Annual report of the Punjab Veterinary College and of the Civil Veterinary Department, Punjab - 1909-1919
Year: 1909
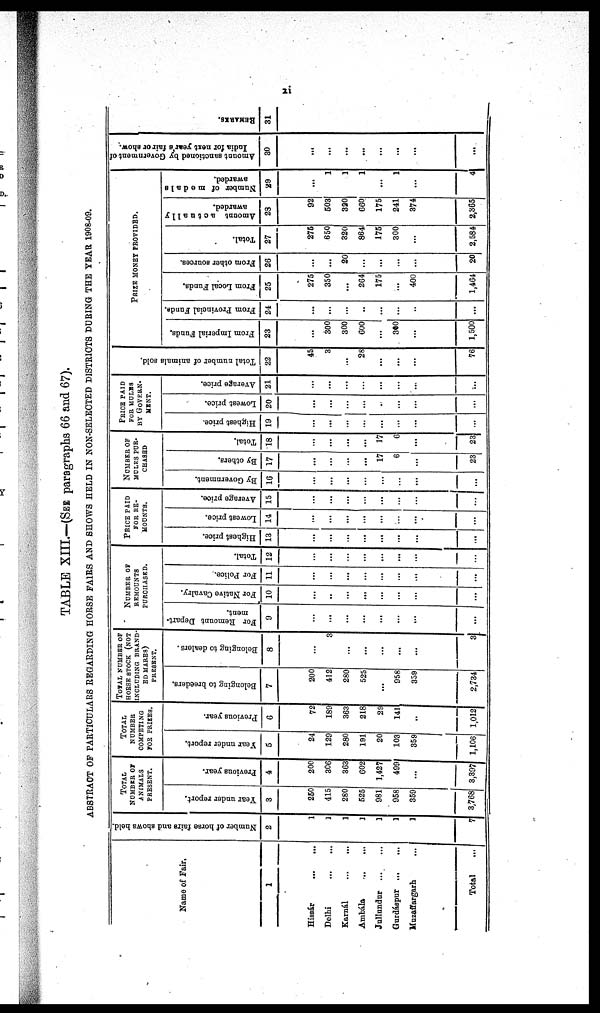
xi
TABLE XIII.—(SEEparagraphs 66 and 67).
ABSTRACT OF PARTICULARS REGARDING HORSE FAIRS AND SHOWS HELD IN NON-SELECTED DISTRICTS DURING THE YEAR 1908-09.
Name of Fair,
1
Hissár
...
...
Delhi
...
...
Karnál
...
...
Ambála
...
...
Jullundur
...
...
Gurdáspur ...
...
Muzaffargarh ...
Total
Number of horse fairs and shows held.
2
1
1
1
1
1
1
1
7
TOTAL
NUMBER OF
ANIMALS
PRESENT.
Year under report.
3
250
415
280
525
981
958
359
3,768
Previous year.
4
200
306
363
602
1,427
499
...
3,397
TOTAL
NUMBER
COMPETING
FOR PRIZES.
Year under report.
5
24
129
280
191
20
103
359
1,106
Previous year.
6
72
189
363
218
29
141
...
1,012
TOTAL NUMBER OF
HORSE STOCK (NOT
INCLUDING BRAND
ED MARES)
PRESENT.
Belonging to breeders.
7
200
412
280
525
...
958
359
2,734
Belonging to dealers.
8
...
3
...
...
...
...
...
3
NUMBER OF
REMOUNTS
PURCHASED.
For Remount Depart-
ment.
9
...
...
...
...
...
...
...
...
For Native Cavalry.
10
...
..
...
...
...
...
...
...
For Police.
11
...
...
...
...
...
...
...
...
Total.
12
...
...
...
...
...
...
...
...
PRICE PAID
FOR RE-
MOUNTS.
Highest price.
13
...
...
...
...
...
...
...
...
Lowest price.
14
...
...
...
...
...
...
...
...
Average price.
15
...
...
...
...
...
...
...
...
NUMBER OF
MULES PUR-
CHASED
By Government.
16
...
...
...
...
...
...
...
...
By others.
17
...
...
...
...
17
6
...
23
Total.
18
...
...
...
...
17
6
...
23
PRICE PAID
FOR MULES
BY GOVERN-
----.
Highest price.
19
...
...
...
...
...
...
...
...
Lowest price.
20
...
...
...
...
...
...
...
...
Average price.
21
...
...
...
...
...
...
...
Total number of animals sold.
22
45
3
...
28
...
...
...
76
PRIZE MONEY PROVIDED.
From Imperial Funds.
23
...
300
300
600
...
300
...
1,500
From Provincial Fundis.
24
...
...
...
..
...
...
...
...
From Local Funds.
25
275
350
...
264
175
...
400
1,464
From other sources.
26
...
...
20
...
...
...
...
20
Total.
27
275
650
320
864
175
300
...
2,584
Amount actually
awarded.
28
92
503
320
660
175
241
374
2,365
Number of medals
swarded.
29
...
1
1
1
...
1
...
4
Amount sanctioned by Government of
India for next year's fair or show.
30
...
...
...
...
...
...
...
...
REMARKS.
31